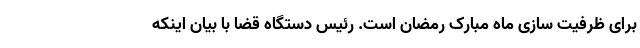
برای ظرفیت سازی ماه مبارک رمضان است. رئیس دستگاه قضا با بیان اینکه